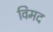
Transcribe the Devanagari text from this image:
विमद